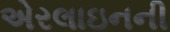
એરલાઇનની